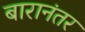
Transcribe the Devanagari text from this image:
बारानंतर